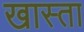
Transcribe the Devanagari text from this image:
खास्ता